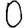
Digit: 0